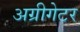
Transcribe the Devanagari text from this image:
अग्रीगेटर